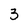
Character: 3